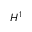
H ^ { 1 }